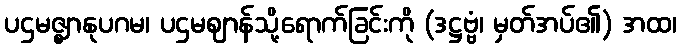
ပဌမဇ္ဈာနုပဂမ၊ ပဌမဈာန်သို့ရောက်ခြင်းကို (ဒဋ္ဌဗ္ဗံ၊ မှတ်အပ်၏) အထ၊